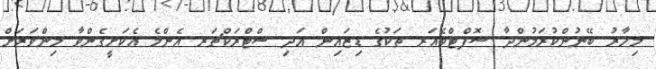
މިހާރު ބޭނުންކުރަމުންދާ ސޮފްޓްވެއަރ ތަކުގެ ޑިޒައިން އަދި ސްޓްރަކްޗަރ އެންމެ އެކަށީގެންވާ މިންވަރަށް